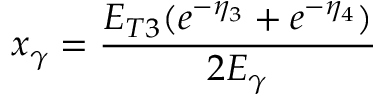
x _ { \gamma } = \frac { E _ { T 3 } ( e ^ { - \eta _ { 3 } } + e ^ { - \eta _ { 4 } } ) } { 2 E _ { \gamma } }